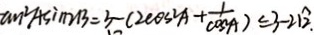
a n ^ { 2 } A \sin 2 B = 3 - ( 2 \cos ^ { 2 } A + \frac { 1 } { \cos A } ) \leq 3 - 2 1 \widehat { 2 } \cdot